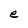
Character: e